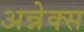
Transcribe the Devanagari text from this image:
अन्नेक्स